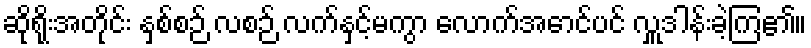
ဆိုရိုးအတိုင်း နှစ်စဉ် လစဉ် လက်နှင့်မကွာ လောက်အောင်ပင် လှူဒါန်းခဲ့ကြ၏။